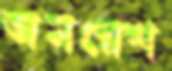
অমরেশ